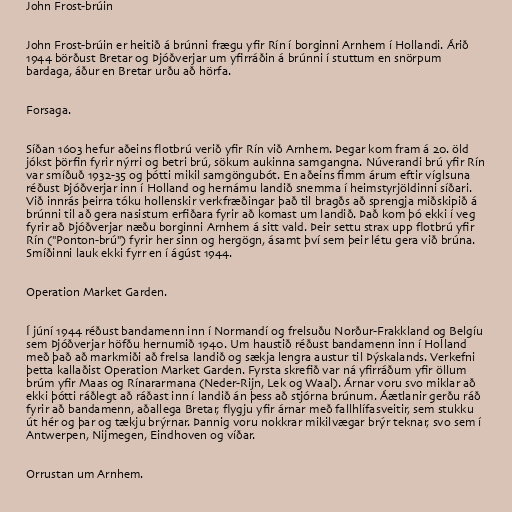
John Frost-brúin

John Frost-brúin er heitið á brúnni frægu yfir Rín í borginni Arnhem í Hollandi. Árið
1944 börðust Bretar og Þjóðverjar um yfirráðin á brúnni í stuttum en snörpum
bardaga, áður en Bretar urðu að hörfa.

Forsaga.

Síðan 1603 hefur aðeins flotbrú verið yfir Rín við Arnhem. Þegar kom fram á 20. öld
jókst þörfin fyrir nýrri og betri brú, sökum aukinna samgangna. Núverandi brú yfir Rín
var smíðuð 1932-35 og þótti mikil samgöngubót. En aðeins fimm árum eftir víglsuna
réðust Þjóðverjar inn í Holland og hernámu landið snemma í heimstyrjöldinni síðari.
Við innrás þeirra tóku hollenskir verkfræðingar það til bragðs að sprengja miðskipið á
brúnni til að gera nasistum erfiðara fyrir að komast um landið. Það kom þó ekki í veg
fyrir að Þjóðverjar næðu borginni Arnhem á sitt vald. Þeir settu strax upp flotbrú yfir
Rín ("Ponton-brú") fyrir her sinn og hergögn, ásamt því sem þeir létu gera við brúna.
Smíðinni lauk ekki fyrr en í ágúst 1944.

Operation Market Garden.

Í júní 1944 réðust bandamenn inn í Normandí og frelsuðu Norður-Frakkland og Belgíu
sem Þjóðverjar höfðu hernumið 1940. Um haustið réðust bandamenn inn í Holland
með það að markmiði að frelsa landið og sækja lengra austur til Þýskalands. Verkefni
þetta kallaðist Operation Market Garden. Fyrsta skrefið var ná yfirráðum yfir öllum
brúm yfir Maas og Rínararmana (Neder-Rijn, Lek og Waal). Árnar voru svo miklar að
ekki þótti ráðlegt að ráðast inn í landið án þess að stjórna brúnum. Áætlanir gerðu ráð
fyrir að bandamenn, aðallega Bretar, flygju yfir árnar með fallhlífasveitir, sem stukku
út hér og þar og tækju brýrnar. Þannig voru nokkrar mikilvægar brýr teknar, svo sem í
Antwerpen, Nijmegen, Eindhoven og víðar.

Orrustan um Arnhem.